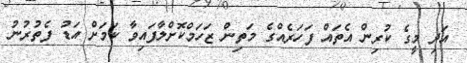
އަދި މީގެ ކުރިން އެތައް ފަހަރެއްގެ މަތިން ޒަހަމްކޮށްލާފައިވާ ކަމަށް އަޑު ފެތުރުނު